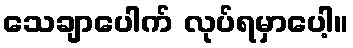
သေချာပေါက် လုပ်ရမှာပေါ့။